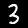
Digit: 3